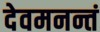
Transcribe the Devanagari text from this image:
देवमनन्तं